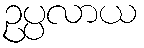
ဥပ္ပလာယ